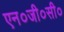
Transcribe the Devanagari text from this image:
एन०जी०सी०